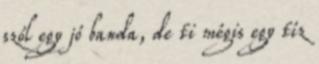
szól egy jó banda, de ti mégis egy tíz